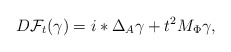
\begin{align*}D\mathcal F_t(\gamma) = i\ast\Delta_A\gamma+t^2M_\Phi \gamma,\end{align*}